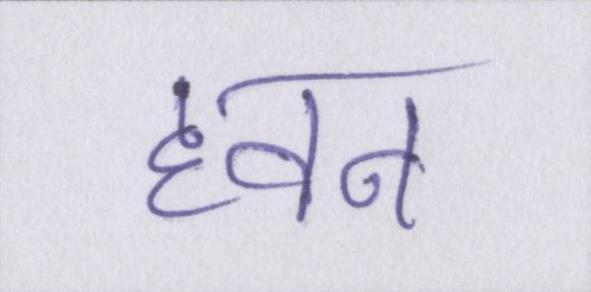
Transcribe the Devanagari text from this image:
हवन